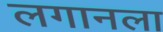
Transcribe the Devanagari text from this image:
लगानला